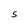
Character: S